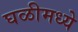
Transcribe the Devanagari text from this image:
घळीमध्ये